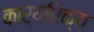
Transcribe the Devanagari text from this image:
कार्यधिक्य